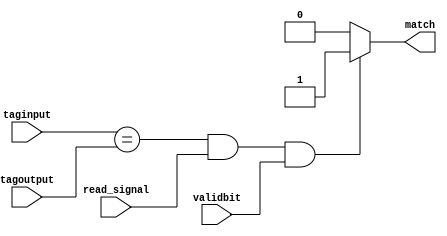
module comparator(taginput,tagoutput,match,read_signal,validbit);

parameter memory_bits = 5;
parameter index = 3;

input validbit;
input read_signal;
input[memory_bits-index-1:0] taginput;
input[memory_bits-index-1:0] tagoutput;
output match;
reg match;
always @(*)
		begin
		if((taginput==tagoutput)&&(read_signal==1)&&(validbit==1))
			match = 1;
		else 
			match = 0;
			end

endmodule